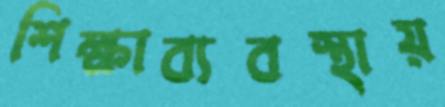
শিক্ষাব্যবস্থায়